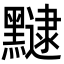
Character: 𪒡